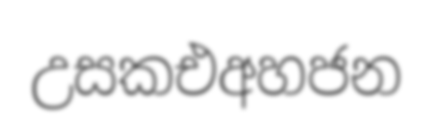
උසකඑඅහජන